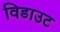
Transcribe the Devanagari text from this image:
विडाउट